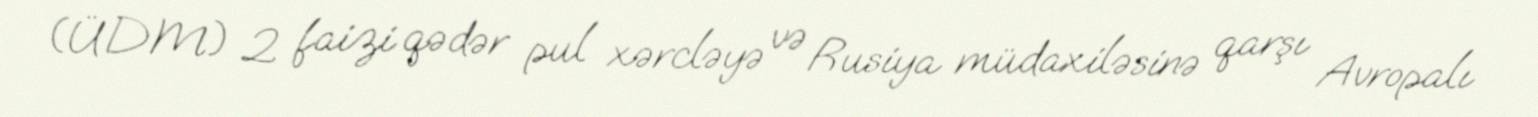
(ÜDM) 2 faizi qədər pul xərcləyə və Rusiya müdaxiləsinə qarşı Avropalı